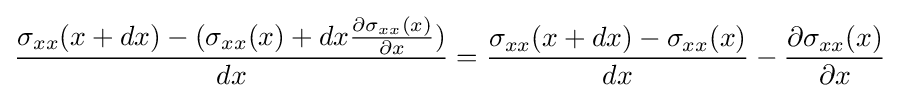
{\frac {\sigma _{xx}(x+dx)-(\sigma _{xx}(x)+dx{\frac {\partial \sigma _{xx}(x)}{\partial x}})}{dx}}={\frac {\sigma _{xx}(x+dx)-\sigma _{xx}(x)}{dx}}-{\frac {\partial \sigma _{xx}(x)}{\partial x}}